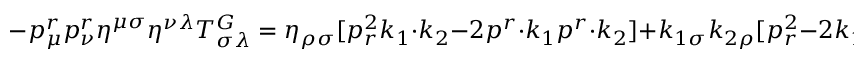
- p _ { \mu } ^ { r } p _ { \nu } ^ { r } \eta ^ { \mu \sigma } \eta ^ { \nu \lambda } T _ { \sigma \lambda } ^ { G } = \eta _ { \rho \sigma } [ p _ { r } ^ { 2 } k _ { 1 } \cdot k _ { 2 } - 2 p ^ { r } \cdot k _ { 1 } p ^ { r } \cdot k _ { 2 } ] + k _ { 1 \sigma } k _ { 2 \rho } [ p _ { r } ^ { 2 } - 2 k _ { 1 } \cdot k _ { 2 } ] \, ,